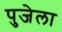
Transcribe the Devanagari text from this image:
पुजेला